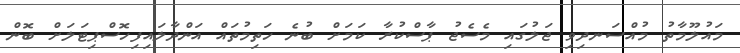
މައުލޫމާތު މުއްސަނދިވި ޖަލުގައި މެސެޖު ޕާސްކުރާ ކަމަށް ބުނެ ހަތިމުތައް އަންދާލައިފިހޮސްޕިޓަލަށް ބޮން